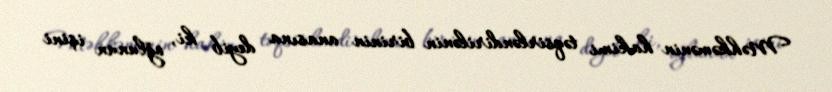
Məhkəmənin hakimi təqsirləndirilənin birinin anasına deyib ki, oğlunun işini